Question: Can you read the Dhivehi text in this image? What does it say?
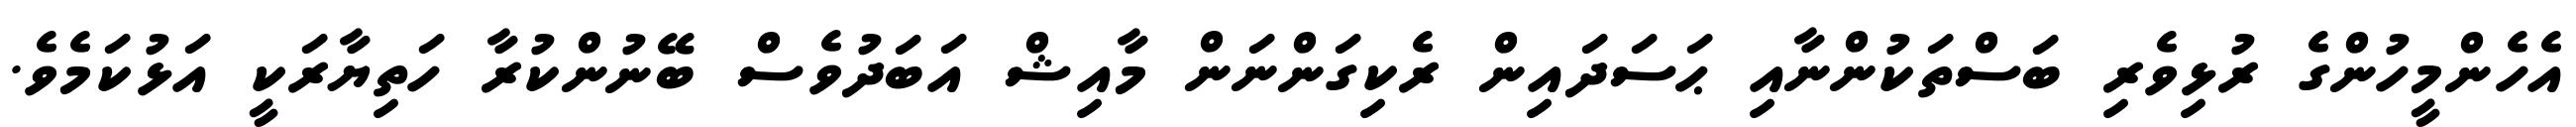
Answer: އެހެންމީހުންގެ ރުޅިވެރި ބަސްތަކުންނާއި ޙަސަދައިން ރެކިގަންނަން މާއިޝް އަބަދުވެސް ބޭނުންކުރާ ހަތިޔާރަކީ އަޅުކަމެވެ.